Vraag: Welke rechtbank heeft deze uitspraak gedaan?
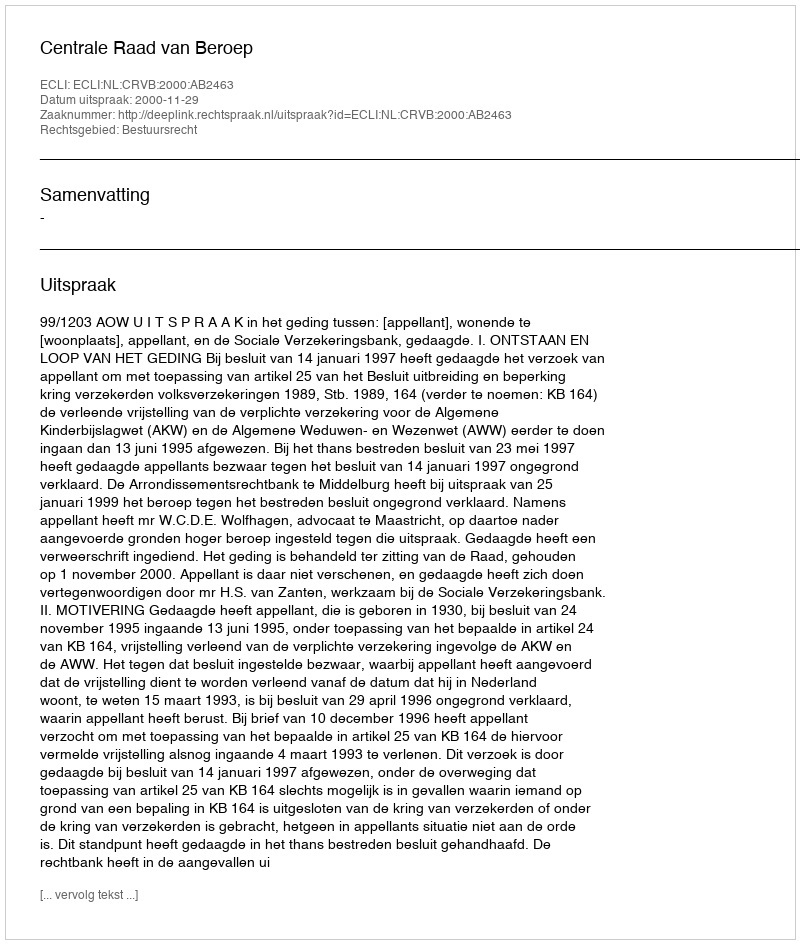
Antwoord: Centrale Raad van Beroep